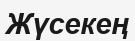
Жүсекең